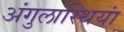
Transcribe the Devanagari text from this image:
अंगुलास्थियां